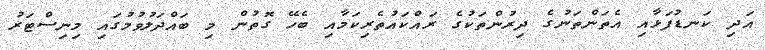
އަދި ކަނޑުފަޅާއި އެތަންތަނުގެ ދިރުންތަކުގެ ރައްކައުތެރިކަމާއި ބެހޭ ގޮތުން މި ބައްދަލުވުމުގައި މިނިސްޓަރު